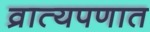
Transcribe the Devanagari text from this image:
व्रात्यपणात